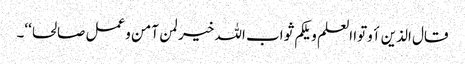
قال الذین أوتوا العلم ویلکم ثواب اللہ خیر لمن آمن وعمل صالحا‘‘۔